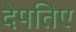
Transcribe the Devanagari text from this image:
देपतिए